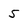
Character: 5